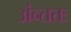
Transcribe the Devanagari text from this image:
अंन्ततः